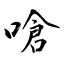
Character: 嗆